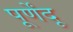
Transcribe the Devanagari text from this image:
पूर्णेंदू